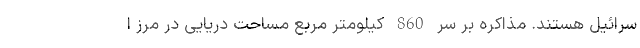
سرائیل هستند. مذاکره بر سر 860 کیلومتر مربع مساحت دریایی در مرز ا